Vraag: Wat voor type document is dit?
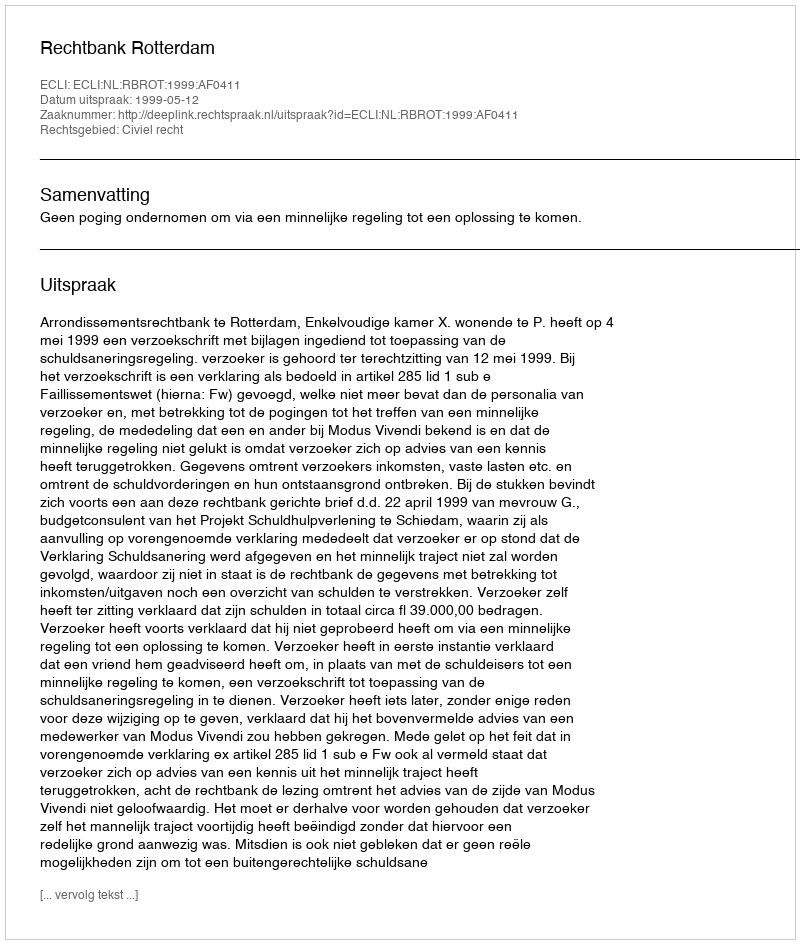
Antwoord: Uitspraak